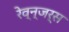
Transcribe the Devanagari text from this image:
रेव्न्जर्स